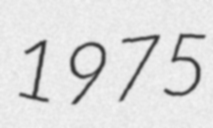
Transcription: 1975